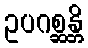
ဥပဂစ္ဆန္တိ